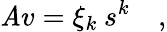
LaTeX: \mathit{A}v=\xi_{k}\: s^{k}\quad,